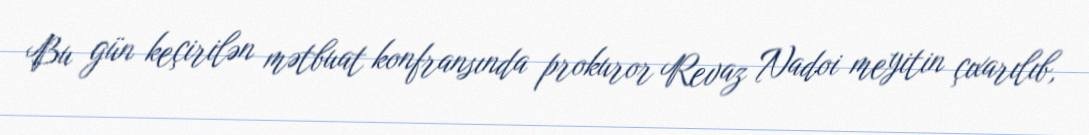
Bu gün keçirilən mətbuat konfransında prokuror Revaz Nadoi meyitin çıxarılıb,